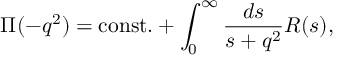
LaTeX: \Pi ( - q ^ { 2 } ) = \mathrm { c o n s t . } + \int _ { 0 } ^ { \infty } { \frac { d s } { s + q ^ { 2 } } } R ( s ) ,